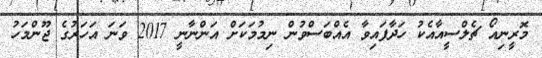
މޮރީނިއޯ ޗެލްސީއާއެކު ހަދާފައިވާ އެއްބަސްވުން ނިމުމަކަށް އަންނާނީ 2017 ވަނަ އަހަރުގެ ޖޫންމަހު